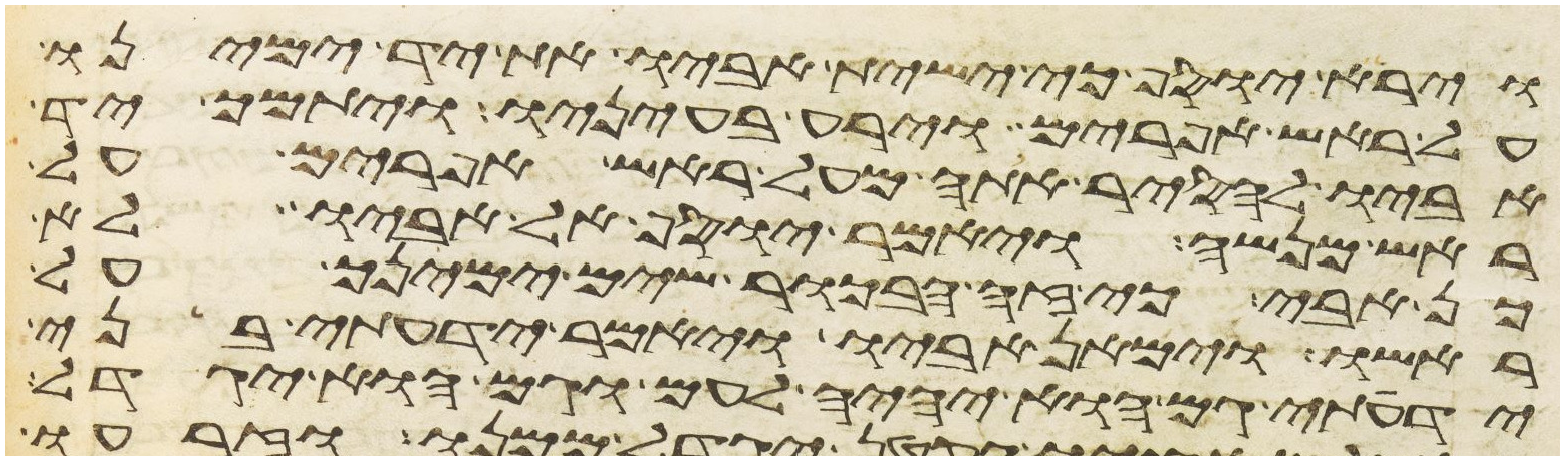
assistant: וירא יוסף כי ישית אביו את יד ימינו
על ראש אפרים וירע בעיניו ויתמך יד
אביו להסיר אתה מעל ראש אפרים על
ראש מנשה ויאמר יוסף אל אביו לא
כן אבי כי זה הבכור שים ימינך על
ראשו וימאן אביו ויאמר ידעתי בני
ידעתי גם הוא יהיה לעם וגם הוא יגדל